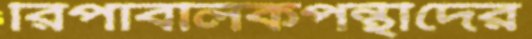
রিপাবলিকপন্থীদের